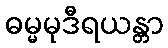
ဓမ္မမုဒီရယန္တာ